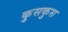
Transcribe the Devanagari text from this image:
कुसकुस